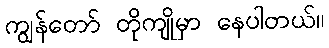
ကျွန်တော် တိုကျိုမှာ နေပါတယ်။